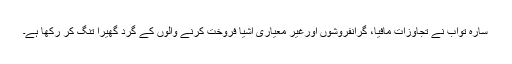
سارہ تواب نے تجاوزات مافیا، گرانفروشوں اورغیر معیاری اشیا فروخت کرنے والوں کے گرد گھیرا تنگ کر رکھا ہے۔